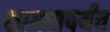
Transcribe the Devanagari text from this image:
सागरापर्यंत